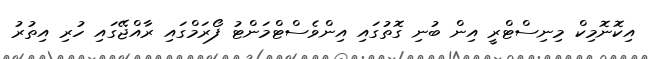
އިކޮނޮމިކް މިނިސްޓްރީ އިން ބުނި ގޮތުގައި އިންވެސްޓްމަންޓު ފޯރަމްގައި ރާއްޖޭގައި ހުރި އިތުރު